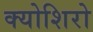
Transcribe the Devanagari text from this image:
क्योशिरो